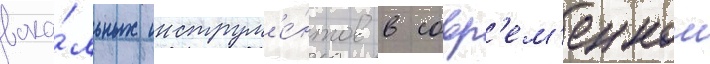
вока́льных инструм'е́нтов в совр'ем'еннои